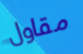
مقاول